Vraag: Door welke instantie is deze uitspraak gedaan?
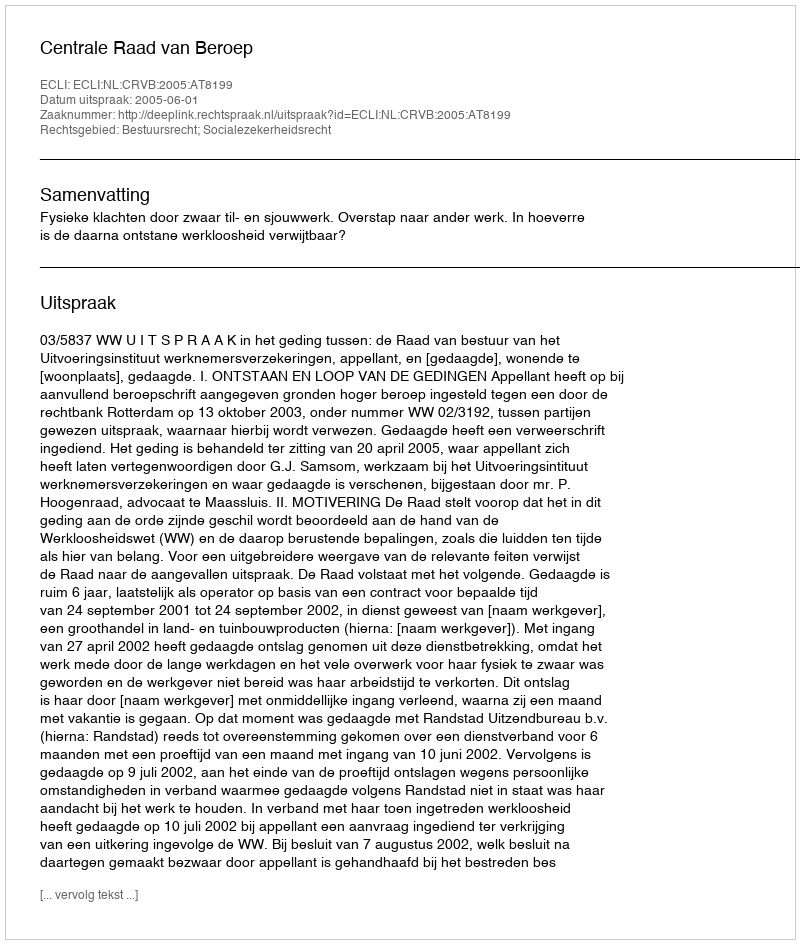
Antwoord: Centrale Raad van Beroep